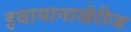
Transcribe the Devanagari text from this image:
हवामानाखेरीज